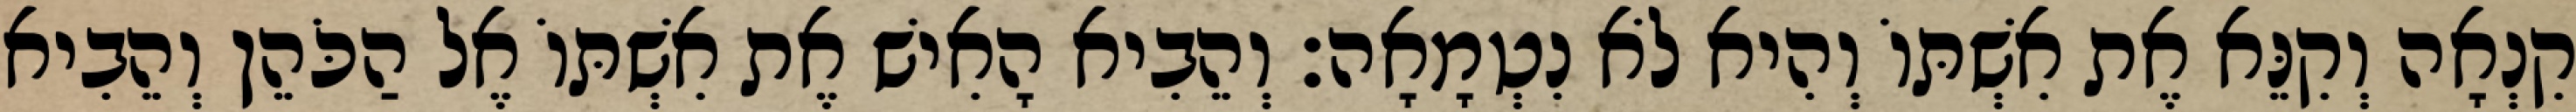
קִנְאָה וְקִנֵּא אֶת אִשְׁתּוֹ וְהִיא לֹא נִטְמָאָה׃ וְהֵבִיא הָאִישׁ אֶת אִשְׁתּוֹ אֶל הַכֹּהֵן וְהֵבִיא